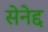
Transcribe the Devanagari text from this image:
सेनेद्द